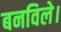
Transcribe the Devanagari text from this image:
बनविले।